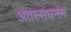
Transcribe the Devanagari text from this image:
अंतस्संघनन